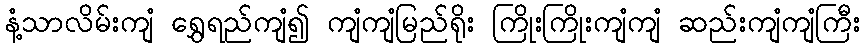
နံ့သာလိမ်းကျံ ရွှေရည်ကျံ၍ ကျံကျံမြည်ရိုး ကြိုးကြိုးကျံကျံ ဆည်းကျံကျံကြီး